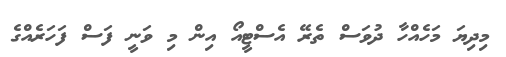
މިދިޔަ މަހެއްހާ ދުވަސް ތެރޭ އެސްޓީއޯ އިން މި ވަނީ ފަސް ފަހަރެއްގެ